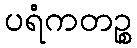
ပရံကတဉ္စ